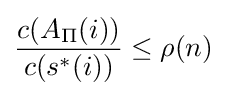
{\frac {c(A_{\Pi }(i))}{c(s^{*}(i))}}\leq \rho (n)